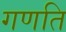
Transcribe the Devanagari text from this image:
गणति